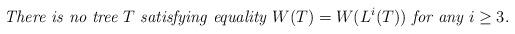
LaTeX: \begin{align*}\mbox{\it There is no tree }T\mbox{ \it satisfying equality }W(T)=W(L^i(T))\mbox{ \it for any } i\ge 3.\end{align*}